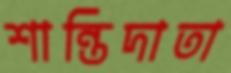
শান্তিদাতা